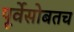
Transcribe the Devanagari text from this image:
पूर्वेसोबतच